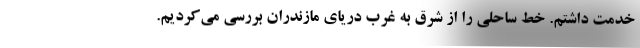
خدمت داشتم. خط ساحلي را از شرق به غرب درياي مازندران بررسي مي‌كرديم.